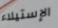
الإستيلاء